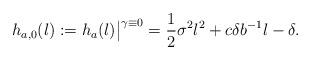
LaTeX: \begin{align*}h_{a,0}(l):=h_{a}(l)\big|^{\gamma\equiv 0}=\frac{1}{2}\sigma^2l^2+c\delta b^{-1}l-\delta.\end{align*}